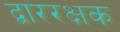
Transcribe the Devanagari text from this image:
द्बाररक्षक